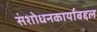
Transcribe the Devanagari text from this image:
संशोधनकार्याबद्दल